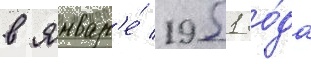
в январ'е́ 1951 го́да